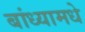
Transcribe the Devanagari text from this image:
बांध्यामधे